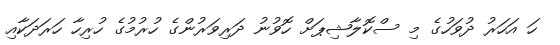
ހަ އަހަރު ދުވަހުގެ މި ސްކޮލާޝިޕަށް ހޮވުނު ދަރިވަރުންގެ ހުރުމުގެ ހުރިހާ ހަރަދަކާއި